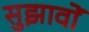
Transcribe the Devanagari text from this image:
सुझावोें